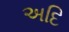
અદિ